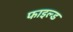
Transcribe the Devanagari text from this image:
फाइल्ड